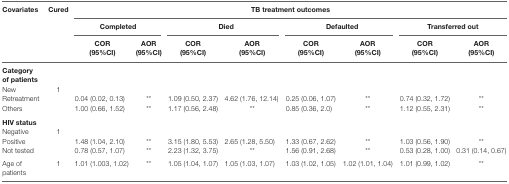
<table><thead><tr><td rowspan="3"><b>Covariates</b></td><td rowspan="3"><b>Cured</b></td><td colspan="8"><b>TB treatment outcomes</b></td></tr><tr><td colspan="2"><b>Completed</b></td><td colspan="2"><b>Died</b></td><td colspan="2"><b>Defaulted</b></td><td colspan="2"><b>Transferred out</b></td></tr><tr><td><b>COR (95%CI)</b></td><td><b>AOR (95%CI)</b></td><td><b>COR (95%CI)</b></td><td><b>AOR (95%CI)</b></td><td><b>COR (95%CI)</b></td><td><b>AOR (95%CI)</b></td><td><b>COR (95%CI)</b></td><td><b>AOR (95%CI)</b></td></tr></thead><tbody><tr><td><b>Category of patients</b></td><td></td><td></td><td></td><td></td><td></td><td></td><td></td><td></td><td></td></tr><tr><td>New</td><td>1</td><td></td><td></td><td></td><td></td><td></td><td></td><td></td><td></td></tr><tr><td>Retreatment</td><td></td><td>0.04 (0.02, 0.13)</td><td>**</td><td>1.09 (0.50, 2.37)</td><td>4.62 (1.76, 12.14)</td><td>0.25 (0.06, 1.07)</td><td>**</td><td>0.74 (0.32, 1.72)</td><td>**</td></tr><tr><td>Others</td><td></td><td>1.00 (0.66, 1.52)</td><td>**</td><td>1.17 (0.56, 2.48)</td><td>**</td><td>0.85 (0.36, 2.0)</td><td>**</td><td>1.12 (0.55, 2.31)</td><td>**</td></tr><tr><td><b>HIV status</b></td><td></td><td></td><td></td><td></td><td></td><td></td><td></td><td></td><td></td></tr><tr><td>Negative</td><td>1</td><td></td><td></td><td></td><td></td><td></td><td></td><td></td><td></td></tr><tr><td>Positive</td><td></td><td>1.48 (1.04, 2.10)</td><td>**</td><td>3.15 (1.80, 5.53)</td><td>2.65 (1.28, 5.50)</td><td>1.33 (0.67, 2.62)</td><td>**</td><td>1.03 (0.56, 1.90)</td><td>**</td></tr><tr><td>Not tested</td><td></td><td>0.78 (0.57, 1.07)</td><td>**</td><td>2.23 (1.32, 3.75)</td><td>**</td><td>1.56 (0.91, 2.68)</td><td>**</td><td>0.53 (0.28, 1.00)</td><td>0.31 (0.14, 0.67)</td></tr><tr><td>Age of patients</td><td>1</td><td>1.01 (1.003, 1.02)</td><td>**</td><td>1.05 (1.04, 1.07)</td><td>1.05 (1.03, 1.07)</td><td>1.03 (1.02, 1.05)</td><td>1.02 (1.01, 1.04)</td><td>1.01 (0.99, 1.02)</td><td>**</td></tr></tbody></table>